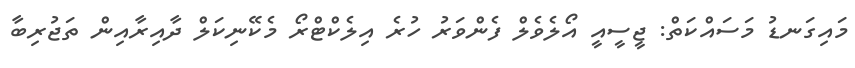
މައިގަނޑު މަސައްކަތް: ޖީސީއީ އޯލެވެލް ފެންވަރު ހުރެ އިލެކްޓްރޯ މެކޭނިކަލް ދާއިރާއިން ތަޖުރިބާ